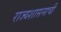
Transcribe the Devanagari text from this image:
राज्यशासनाची